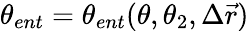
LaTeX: \theta_{ent}=\theta_{ent}(\theta,\theta_{2},\Delta\vec{r})